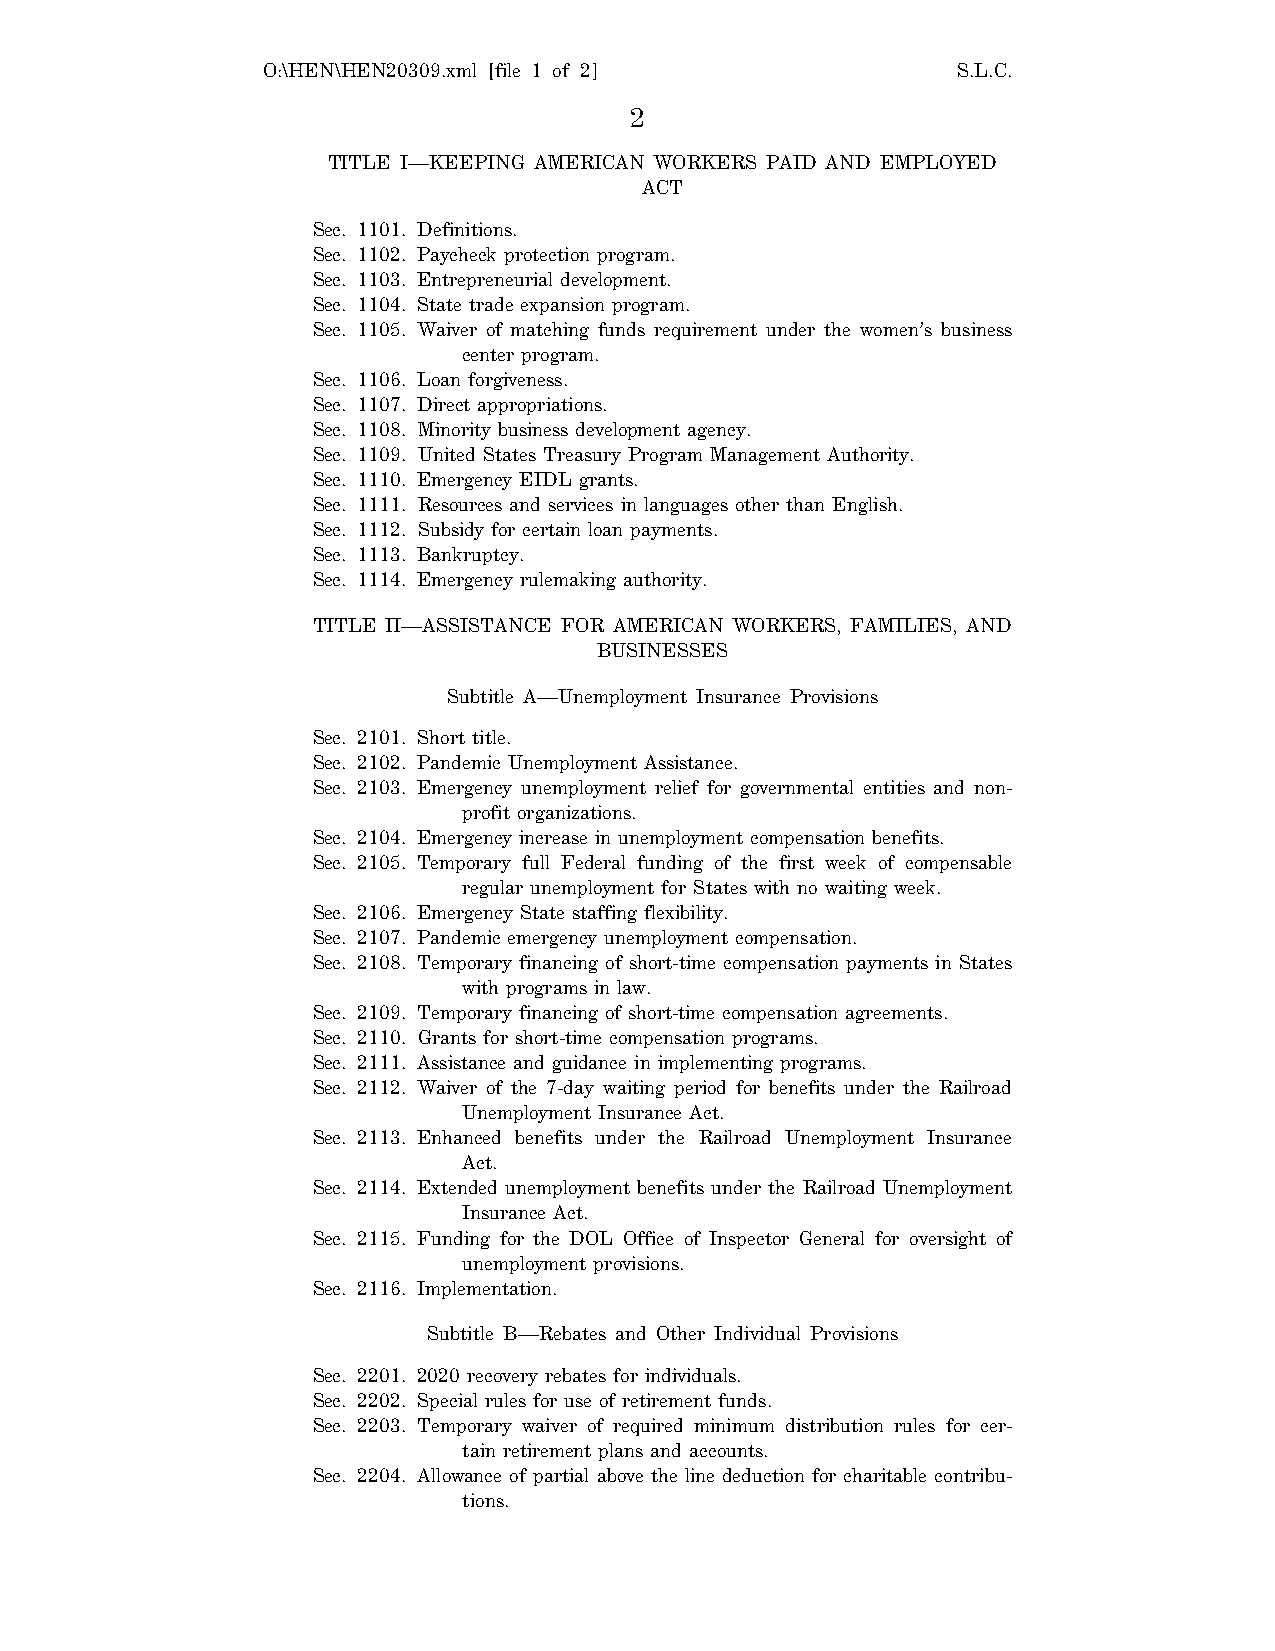
O:\HEN\HEN20309.xml [file 1 of 2]             S.L.C.
 2
 TITLE I—KEEPING AMERICAN WORKERS PAID AND EMPLOYED
 ACT
 Sec. 1101. Definitions.
 Sec. 1102. Paycheck protection program.
 Sec. 1103. Entrepreneurial development.
 Sec. 1104. State trade expansion program.
 Sec. 1105. Waiver of matching funds requirement under the women’s business
 center program.
 Sec. 1106. Loan forgiveness.
 Sec. 1107. Direct appropriations.
 Sec. 1108. Minority business development agency.
 Sec. 1109. United States Treasury Program Management Authority.
 Sec. 1110. Emergency EIDL grants.
 Sec. 1111. Resources and services in languages other than English.
 Sec. 1112. Subsidy for certain loan payments.
 Sec. 1113. Bankruptcy.
 Sec. 1114. Emergency rulemaking authority.
 TITLE II—ASSISTANCE FOR AMERICAN WORKERS, FAMILIES, AND
 BUSINESSES
 Subtitle A—Unemployment Insurance Provisions
 Sec. 2101. Short title.
 Sec. 2102. Pandemic Unemployment Assistance.
 Sec. 2103. Emergency unemployment relief for governmental entities and non-
 profit organizations.
 Sec. 2104. Emergency increase in unemployment compensation benefits.
 Sec. 2105. Temporary full Federal funding of the first week of compensable
 regular unemployment for States with no waiting week.
 Sec. 2106. Emergency State staffing flexibility.
 Sec. 2107. Pandemic emergency unemployment compensation.
 Sec. 2108. Temporary financing of short-time compensation payments in States
 with programs in law.
 Sec. 2109. Temporary financing of short-time compensation agreements.
 Sec. 2110. Grants for short-time compensation programs.
 Sec. 2111. Assistance and guidance in implementing programs.
 Sec. 2112. Waiver of the 7-day waiting period for benefits under the Railroad
 Unemployment Insurance Act.
 Sec. 2113. Enhanced benefits under the Railroad Unemployment Insurance
 Act.
 Sec. 2114. Extended unemployment benefits under the Railroad Unemployment
 Insurance Act.
 Sec. 2115. Funding for the DOL Office of Inspector General for oversight of
 unemployment provisions.
 Sec. 2116. Implementation.
 Subtitle B—Rebates and Other Individual Provisions
 Sec. 2201. 2020 recovery rebates for individuals.
 Sec. 2202. Special rules for use of retirement funds.
 Sec. 2203. Temporary waiver of required minimum distribution rules for cer-
 tain retirement plans and accounts.
 Sec. 2204. Allowance of partial above the line deduction for charitable contribu-
 tions.